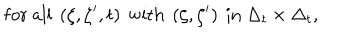
LaTeX: \mathrm { f o r \ a l l \ } \left( \zeta , \zeta ^ { \prime } , t \right) \mathrm { \ w i t h \ } \left( \zeta , \zeta ^ { \prime } \right) \mathrm { \ i n \ } \Delta _ { t } \times \Delta _ { t } ,